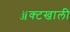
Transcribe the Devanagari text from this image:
ॲक्टखाली